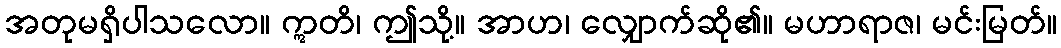
အတုမရှိပါသလော။ ဣတိ၊ ဤသို့။ အာဟ၊ လျှောက်ဆို၏။ မဟာရာဇ၊ မင်းမြတ်။